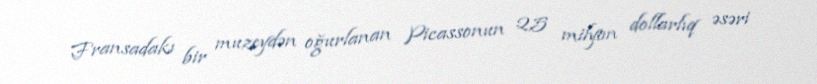
Fransadakı bir muzeydən oğurlanan Picassonun 2,5 milyon dollarlıq əsəri